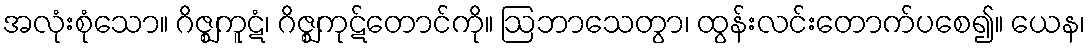
အလုံးစုံသော။ ဂိဇ္ဈကူဋံ၊ ဂိဇ္ဈကုဋ်တောင်ကို။ ဩဘာသေတွာ၊ ထွန်းလင်းတောက်ပစေ၍။ ယေန၊